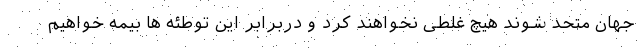
جهان متحد شوند هیچ غلطی نخواهند کرد و دربرابر این توطئه ها بیمه خواهیم